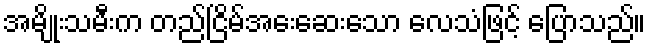
အမျိုးသမီးက တည်ငြိမ်အေးဆေးသော လေသံဖြင့် ပြောသည်။